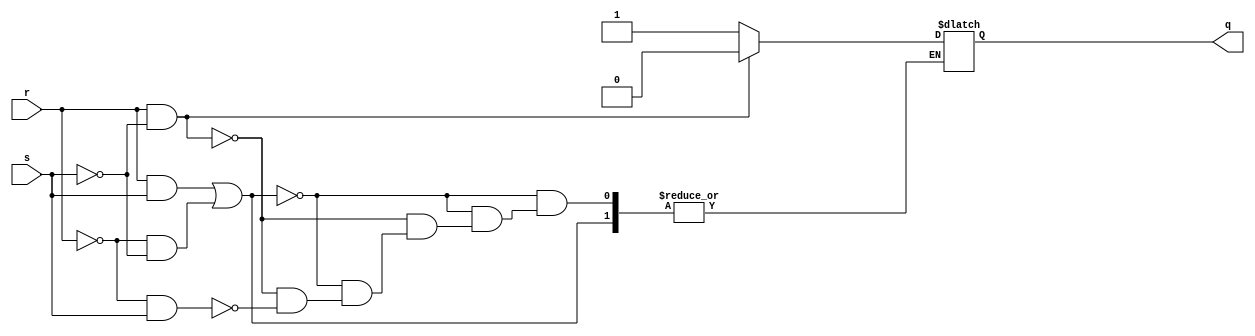
module SR_latch(r, s, q);
  input wire r, s;
  output wire q;
  reg rq = 0;
  
  assign q = rq;
  
  always @(r, s)
    begin
      if(r && s || !r && !s)
        begin
          // condition to ignore
        end
      else if(r && !s)
        begin
          rq = 0;
        end
      else if(!r && s)
        begin
          rq = 1;
        end
    end
endmodule


module control(start , stop , clear, closed_door, finished_time, magnetron);

  input wire start, stop, clear, closed_door, finished_time;
  output wire magnetron;
  wire rs, rr, rq;
  
  assign rs = ((!start  && closed_door)) ? 1 : 0;
  assign rr = ((!stop || finished_time || !closed_door || !clear)) ? 1 : 0;
  
  SR_latch latch(.r(rr), .s(rs), .q(rq));
  assign magnetron = rq;
endmodule